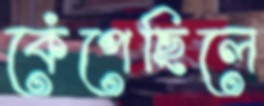
কেঁপেছিলে